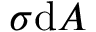
\sigma \mathrm { d } A